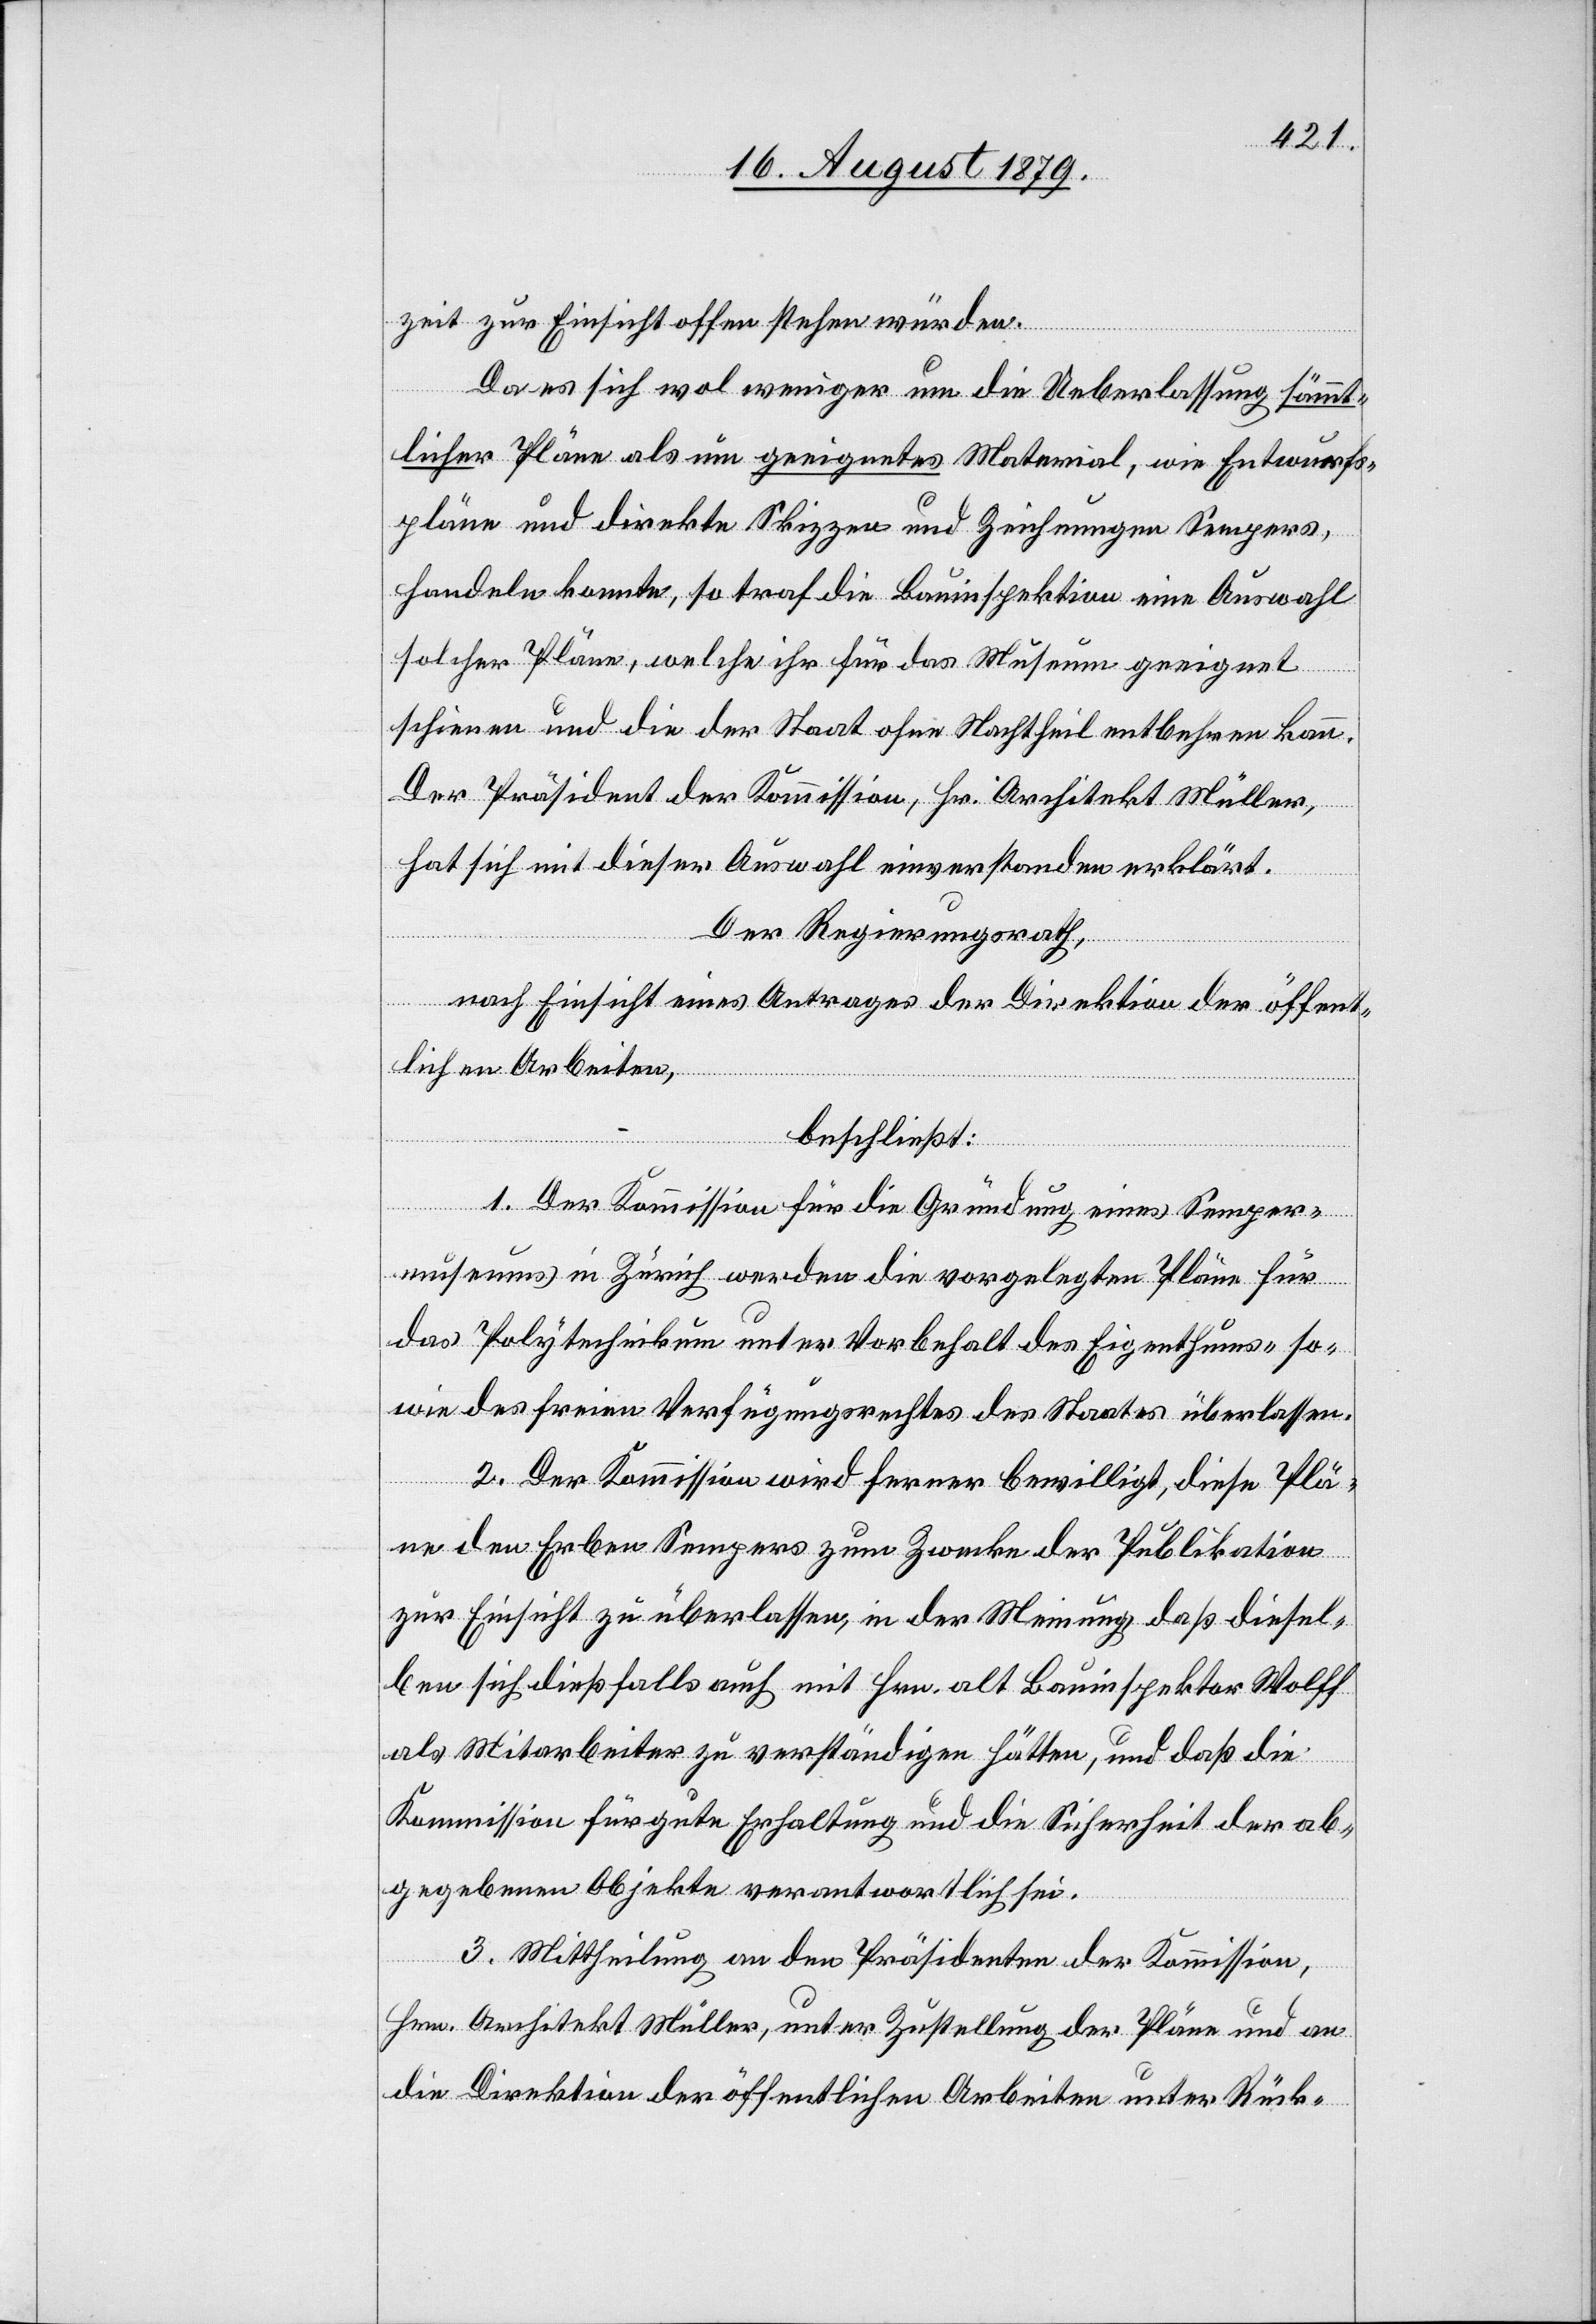
zeit zur Einsicht offen stehen würden.
Da es sich wol weniger um die Ueberlassung sämmt¬
licher Pläne als um geeignetes Material, wie Entwurfs¬
pläne und direkte Skizzen und Zeichnungen Sempers,
handeln konnte, so traf die Bauinspektion eine Auswahl
solcher Pläne, welche ihr für das Museum geeignet
scheinen und die der Staat ohne Nachtheil entbehren kann.
Der Präsident der Kommission, Hr. Architekt Müller,
hat sich mit dieser Auswahl einverstanden erklärt.
Der Regierungsrath,
nach Einsicht eines Antrages der Direktion der öffent¬
lichen Arbeiten,
beschließt:
1. Der Kommission für die Gründung eines Semper¬
museums in Zürich werden die vorgelegten Pläne für
das Polytechnikum unter Vorbehalt des Eigenthums- so¬
wie des freien Verfügungsrechtes des Staates überlassen.
2. Der Kommission wird ferner bewilligt, diese Plä¬
ne den Erben Sempers zum Zwecke der Publikation
zur Einsicht zu überlassen, in der Meinung, daß diesel¬
ben sich dießfalls auch mit Hrn. alt Bauinspektor Wolff
als Mitarbeiter zu verständigen hätte, und daß die
Kommission für gute Erhaltung und die Sicherheit der ab¬
gegebenen Objekte verantwortlich sei.
3. Mittheilung an den Präsidenten der Kommission,
Hrn. Architekt Müller, unter Zustellung der Pläne und an
die Direktion der öffentlichen Arbeiten unter Rück-